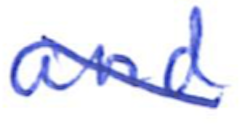
Text: and
Cross-out: diagonal
Writing tool: ballpoint